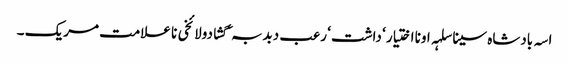
اسہ بادشاہ سینا سلہہ اونا اختیار ‘ داشت ‘ رعب دبدبہ ‘ گشادولائخی نا علامت مریک ۔